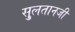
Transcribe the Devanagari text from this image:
सु्लतानजी